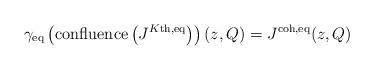
LaTeX: \begin{align*} \gamma_\textnormal{eq}\left(\textnormal{confluence}\left(J^{K\textnormal{th},\textnormal{eq}}\right)\right)(z,Q) = J^{\textnormal{coh},\textnormal{eq}}(z,Q) \end{align*}